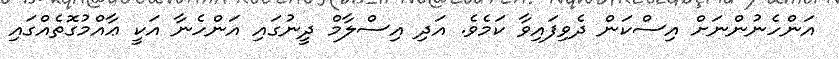
އަންހެނުންނަށް އިސްކަން ދެވިފައިވާ ކަމެވެ. އަދި އިސްލާމް ދީނުގައި އަންހެނާ އަކީ ޢާއްމުގޮތެއްގައި